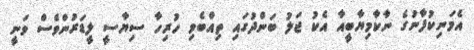
އެމަނިކުފާނުގެ ނާކާމިޔާބީއާ އެކު ޖަލު ބަންދުގައި ތިއްބެވި ހުރިހާ ސިޔާސީ ލީޑަރުންވެސް ވަނީ